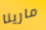
مارينا